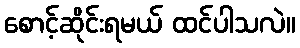
စောင့်ဆိုင်းရမယ် ထင်ပါသလဲ။